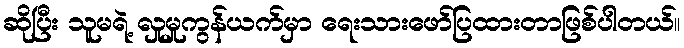
ဆိုပြီး သူမရဲ့ လှုမှုကွန်ယက်မှာ ရေးသားဖော်ပြထားတာဖြစ်ပါတယ်။